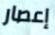
إعصار